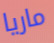
ماريا